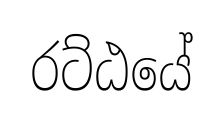
රට්ඨයේ